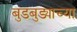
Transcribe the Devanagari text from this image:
बुडबुड्याच्या